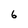
Character: 6